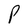
Character: P